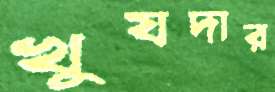
খুযদার